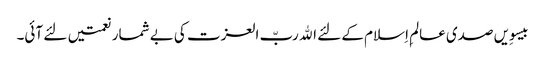
بیسوِیں صدی عالمِ اِسلام کے لئے اﷲ ربّ العزت کی بے شمار نعمتیں لئے آئی۔